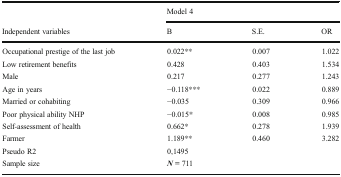
<table><thead><tr><td></td><td colspan="3"><b>Model 4</b></td></tr><tr><td><b>Independent variables</b></td><td><b>B</b></td><td><b>S.E.</b></td><td><b>OR</b></td></tr></thead><tbody><tr><td>Occupational prestige of the last job</td><td>0.022**</td><td>0.007</td><td>1.022</td></tr><tr><td>Low retirement benefits</td><td>0.428</td><td>0.403</td><td>1.534</td></tr><tr><td>Male</td><td>0.217</td><td>0.277</td><td>1.243</td></tr><tr><td>Age in years</td><td>−0.118***</td><td>0.022</td><td>0.889</td></tr><tr><td>Married or cohabiting</td><td>−0.035</td><td>0.309</td><td>0.966</td></tr><tr><td>Poor physical ability NHP</td><td>−0.015*</td><td>0.008</td><td>0.985</td></tr><tr><td>Self-assessment of health</td><td>0.662*</td><td>0.278</td><td>1.939</td></tr><tr><td>Farmer</td><td>1.189**</td><td>0.460</td><td>3.282</td></tr><tr><td>Pseudo R2</td><td colspan="3">0,1495</td></tr><tr><td>Sample size</td><td colspan="3"><b><i>N</i></b> <b>=</b> 711</td></tr></tbody></table>